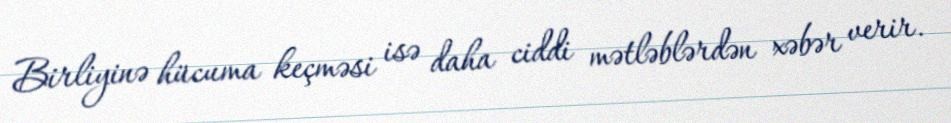
Birliyinə hücuma keçməsi isə daha ciddi mətləblərdən xəbər verir.